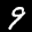
Label: 9